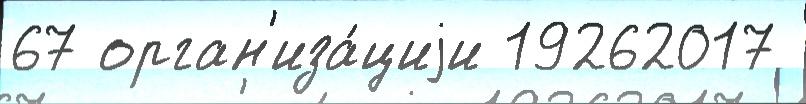
67 орган'иза́циjи 19262017